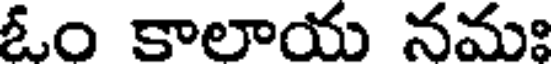
ఓం కాలాయ నమః